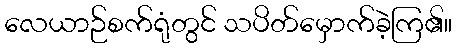
လေယာဉ်စက်ရုံတွင် သပိတ်မှောက်ခဲ့ကြ၏။